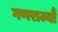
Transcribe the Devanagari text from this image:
गणराज्यौं